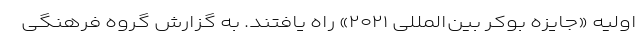
اولیه «جایزه بوکر بین‌المللی ۲۰۲۱» راه یافتند. به گزارش گروه فرهنگی